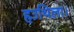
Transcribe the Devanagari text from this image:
हउथिला।